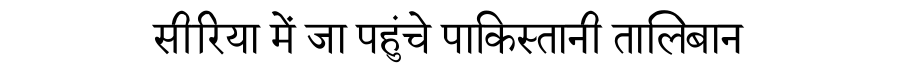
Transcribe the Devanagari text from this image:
सीरिया में जा पहुंचे पाकिस्तानी तालिबान